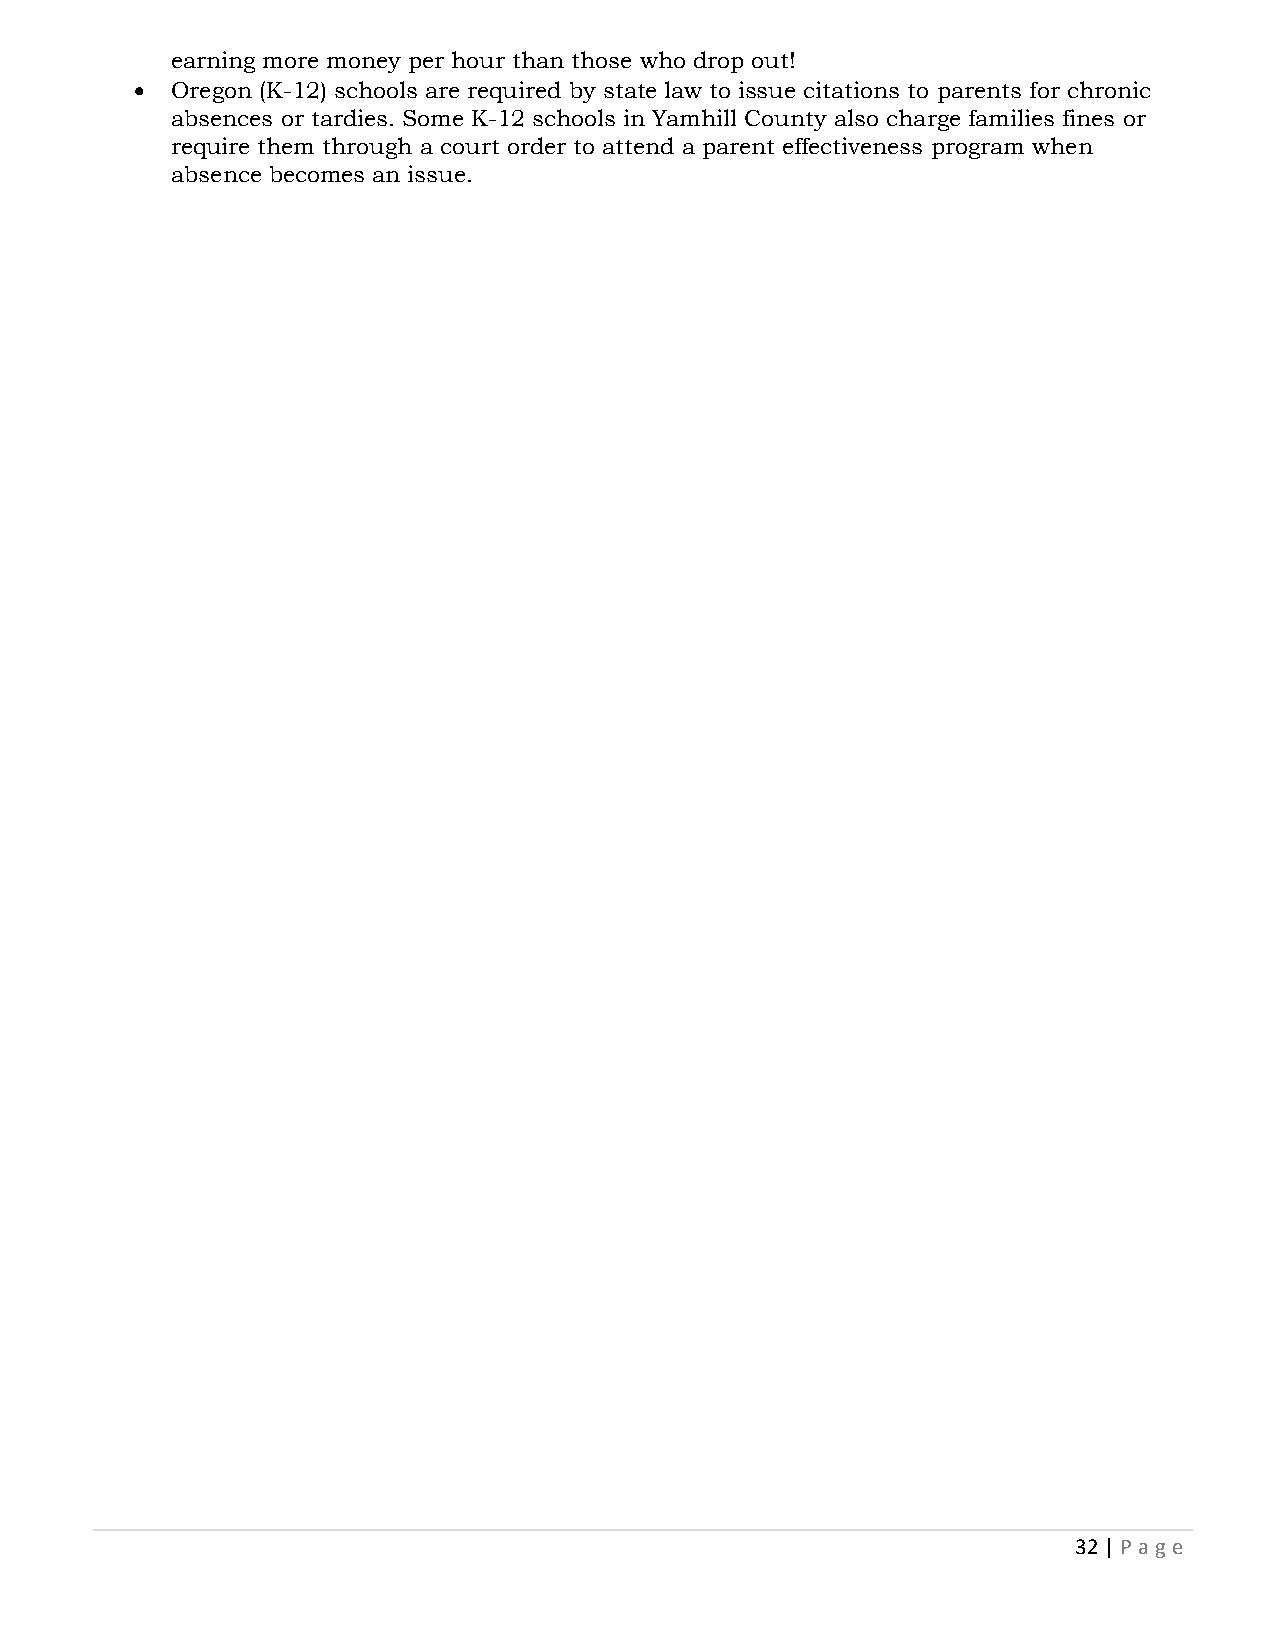
earning more money per hour than those who drop out!
 • Oregon (K-12) schools are required by state law to issue citations to parents for chronic
 absences or tardies. Some K-12 schools in Yamhill County also charge families fines or
 require them through a court order to attend a parent effectiveness program when
 absence becomes an issue.
 32 | P age